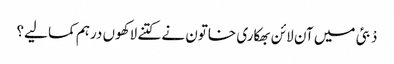
دْبئی میں آن لائن بھکاری خاتون نے کتنے لاکھوں درہم کما لیے؟